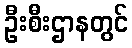
ဦးစီးဌာနတွင်